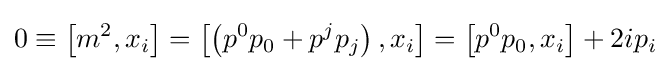
0\equiv \left[m^{2},x_{i}\right]=\left[\left(p^{0}p_{0}+p^{j}p_{j}\right),x_{i}\right]=\left[p^{0}p_{0},x_{i}\right]+2ip_{i}